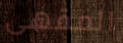
المقهى